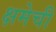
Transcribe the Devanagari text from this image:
क्षमेची